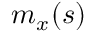
m _ { x } ( s )